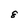
Character: 8